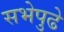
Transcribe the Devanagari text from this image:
सभेपुढे